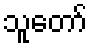
သူတော်